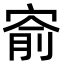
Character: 𡩗